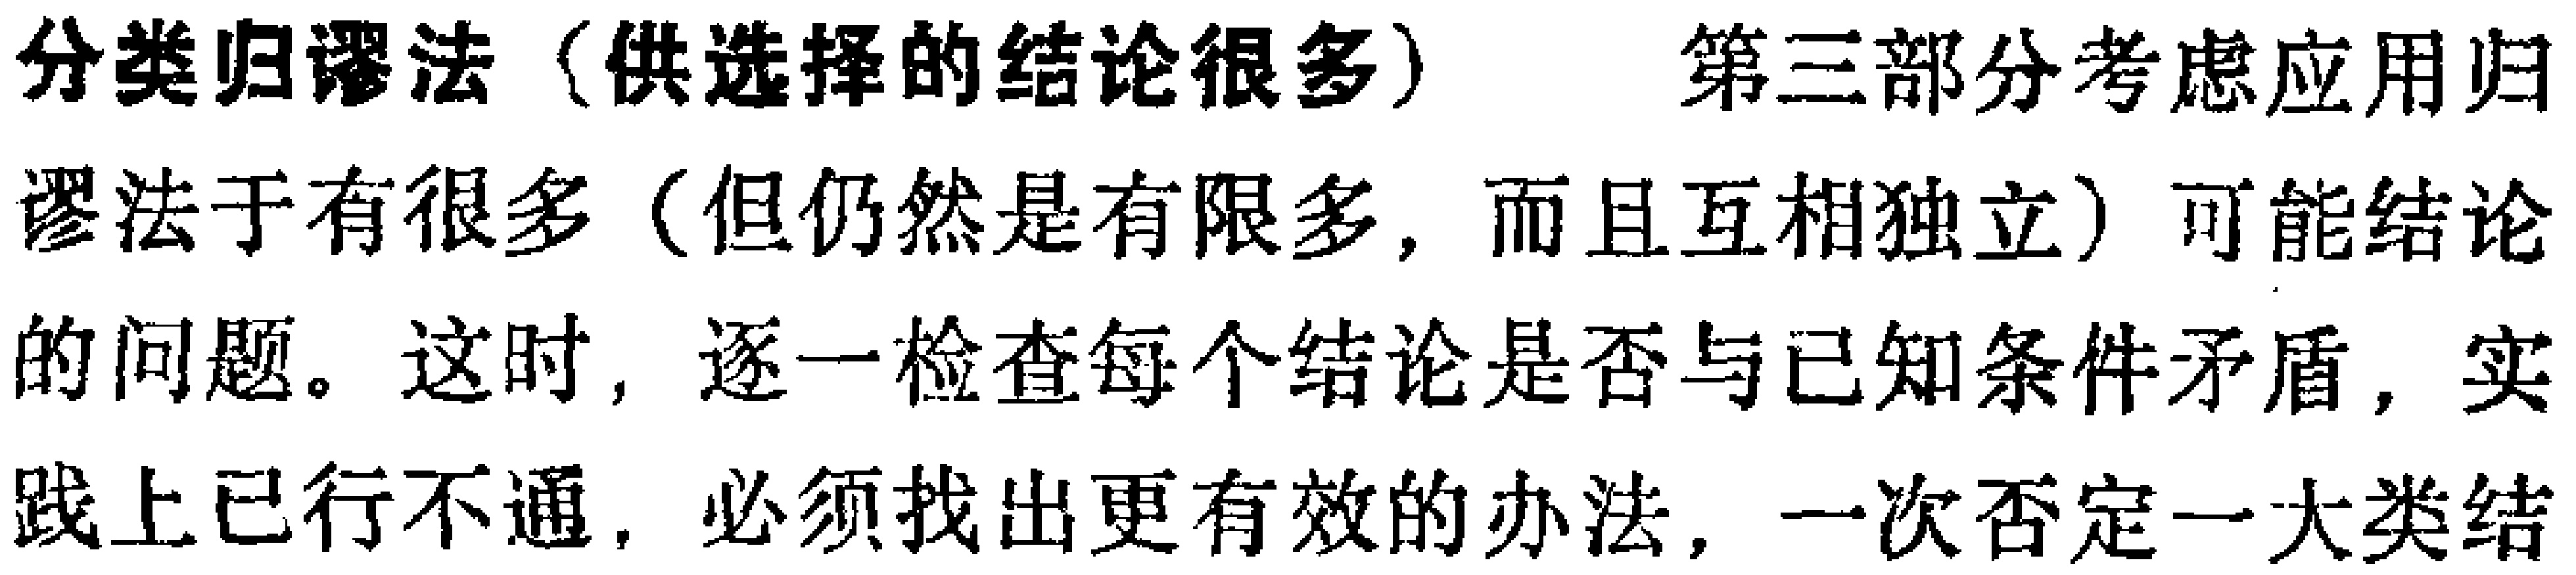
分类归谬法（供选择的结论很多） 第三部分考虑应用归
谬法于有很多（但仍然是有限多，而且互相独立）可能结论
的问题。这时，逐一检查每个结论是否与已知条件矛盾，实
践上已行不通，必须找出更有效的办法，一次否定一大类结